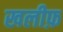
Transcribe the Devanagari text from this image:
खलीफ़